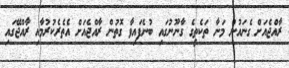
ރާއްޖެއަށް ގެނައުން މަނާ ތަކެތީގެ ގާނޫނުގައި ބުނެފައިވާ ގޮތުން ރާއްޖެއަށް އެތެރެކުރުމާއި ރާއްޖޭގައި